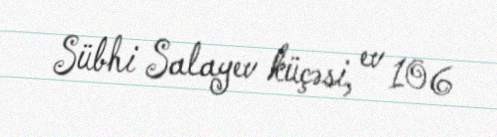
Sübhi Salayev küçəsi, ev 106